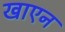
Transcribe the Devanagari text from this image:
खाएन